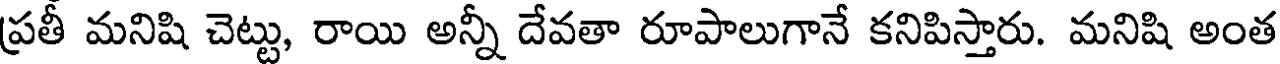
ప్రతీ మనిషి చెట్టు, రాయి అన్నీ దేవతా రూపాలుగానే కనిపిస్తారు. మనిషి అంత